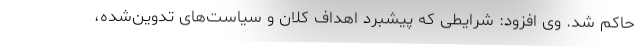
حاکم شد. وی افزود: شرایطی که پیشبرد اهداف کلان و سیاست‌های تدوین‌شده،